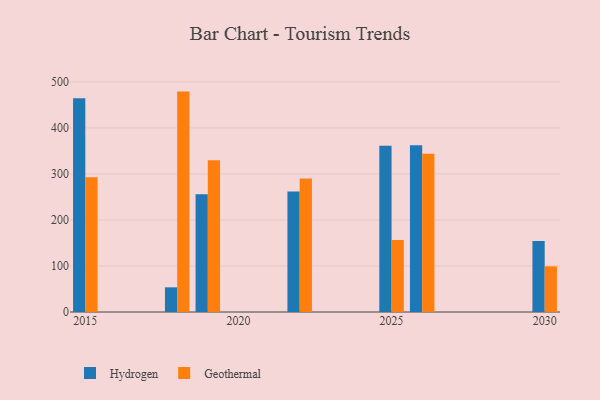
{"axis": {"x": "Year", "y": "Bounce Rate (%)"}, "legend": ["Geothermal", "Hydrogen"], "data": [{"x": "2030", "y": 154.2, "type": "Hydrogen"}, {"x": "2030", "y": 99.2, "type": "Geothermal"}, {"x": "2022", "y": 261.6, "type": "Hydrogen"}, {"x": "2022", "y": 290.0, "type": "Geothermal"}, {"x": "2015", "y": 464.4, "type": "Hydrogen"}, {"x": "2015", "y": 292.7, "type": "Geothermal"}, {"x": "2018", "y": 53.6, "type": "Hydrogen"}, {"x": "2018", "y": 478.8, "type": "Geothermal"}, {"x": "2019", "y": 255.7, "type": "Hydrogen"}, {"x": "2019", "y": 329.7, "type": "Geothermal"}, {"x": "2025", "y": 361.3, "type": "Hydrogen"}, {"x": "2025", "y": 156.5, "type": "Geothermal"}, {"x": "2026", "y": 362.1, "type": "Hydrogen"}, {"x": "2026", "y": 343.7, "type": "Geothermal"}]}